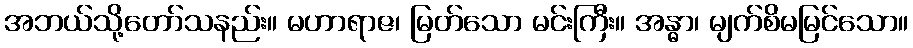
အဘယ်သို့တော်သနည်း။ မဟာရာဇ၊ မြတ်သော မင်းကြီး။ အန္ဓာ၊ မျက်စိမမြင်သော။